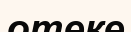
отеке